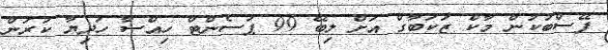
ފޭސްބުކުން މާކް ޒަކަބާގް އަށް ލިބޭ 99 ޕަސެންޓް ހިއްސާ ހަދިޔާ ކުރަން